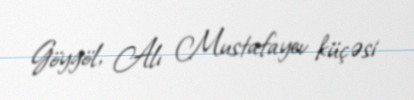
Göygöl, Alı Mustafayev küçəsi